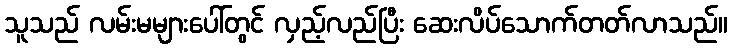
သူသည် လမ်းမများပေါ်တွင် လှည့်လည်ပြီး ဆေးလိပ်သောက်တတ်လာသည်။